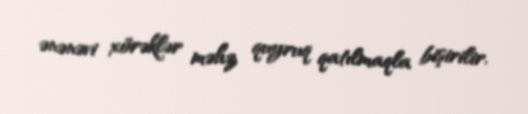
ənənəvi xörəklər məhz quyruq qatılmaqla bişirilir.